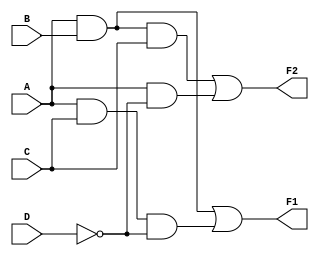
module combinational_logic_block (
    input wire A,
    input wire B,
    input wire C,
    input wire D,
    output wire F1,
    output wire F2
);

// Intermediate signals for shared sub-expressions
wire AB;      // A AND B
wire AC;      // A AND C
wire NOTD;    // NOT D
wire ABC;     // A AND B AND C

// Level 1: Calculate shared sub-expressions
assign AB = A & B;       // A AND B
assign AC = A & C;       // A AND C
assign NOTD = ~D;        // NOT D

// Level 2: Calculate output functions using multi-level simplifications
assign F1 = AB | (AC & NOTD); // F1 = (A AND B) OR (A AND C AND NOT D)
assign F2 = (AB & C) | (A & NOTD); // F2 = (A AND B AND C) OR (A AND NOT D)

// End of module
endmodule